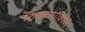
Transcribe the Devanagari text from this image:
ठिकाणांविषयी